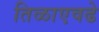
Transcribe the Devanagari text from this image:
तिळाएवढे